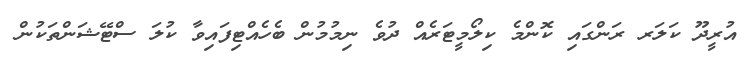
އުރީދޫ ކަލަރ ރަންގައި ކޮންމެ ކިލޯމީޓަރެއް ދުވެ ނިމުމުން ބެހެއްޓިފައިވާ ކުލަ ސްޓޭޝަންތަކުން